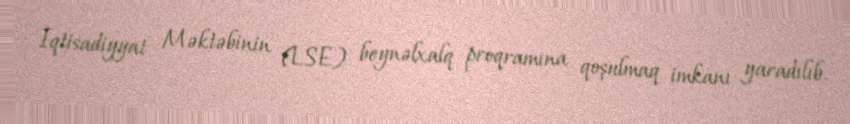
İqtisadiyyat Məktəbinin (LSE) beynəlxalq proqramına qoşulmaq imkanı yaradılıb.